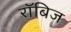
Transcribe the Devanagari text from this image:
रॉबिज